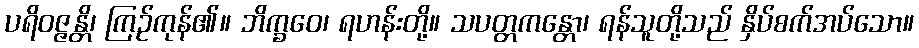
ပရိဝဇ္ဇန္တိ၊ ကြဉ်ကုန်၏။ ဘိက္ခဝေ၊ ရဟန်းတို့။ သပတ္တကန္တော၊ ရန်သူတို့သည် နှိပ်စက်အပ်သော။